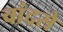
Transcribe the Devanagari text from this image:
चांदसे